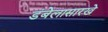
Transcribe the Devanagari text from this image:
डंबेलासारखे